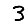
Digit: 3